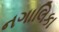
નગાલિકા